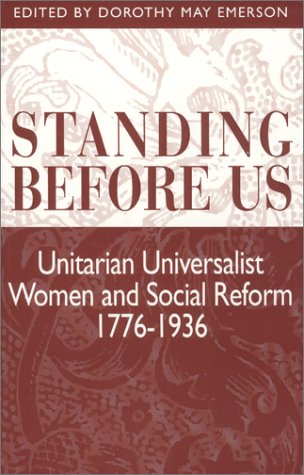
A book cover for Standing Before Us: Unitarian Universalist Women and Social Reform, 1776-1936; Religion & Spirituality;